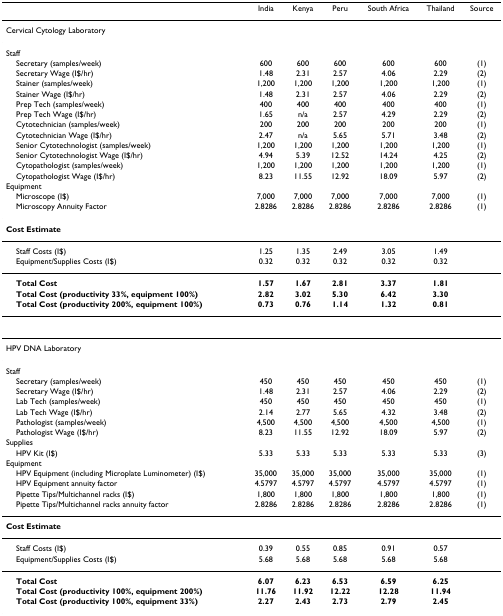
<table><thead><tr><td></td><td><b>India</b></td><td><b>Kenya</b></td><td><b>Peru</b></td><td><b>South Africa</b></td><td><b>Thailand</b></td><td><b>Source</b></td></tr></thead><tbody><tr><td>Cervical Cytology Laboratory</td><td></td><td></td><td></td><td></td><td></td><td></td></tr><tr><td>Staff</td><td></td><td></td><td></td><td></td><td></td><td></td></tr><tr><td> Secretary (samples/week)</td><td>600</td><td>600</td><td>600</td><td>600</td><td>600</td><td>(1)</td></tr><tr><td> Secretary Wage (I$/hr)</td><td>1.48</td><td>2.31</td><td>2.57</td><td>4.06</td><td>2.29</td><td>(2)</td></tr><tr><td> Stainer (samples/week)</td><td>1,200</td><td>1,200</td><td>1,200</td><td>1,200</td><td>1,200</td><td>(1)</td></tr><tr><td> Stainer Wage (I$/hr)</td><td>1.48</td><td>2.31</td><td>2.57</td><td>4.06</td><td>2.29</td><td>(2)</td></tr><tr><td> Prep Tech (samples/week)</td><td>400</td><td>400</td><td>400</td><td>400</td><td>400</td><td>(1)</td></tr><tr><td> Prep Tech Wage (I$/hr)</td><td>1.65</td><td>n/a</td><td>2.57</td><td>4.29</td><td>2.29</td><td>(2)</td></tr><tr><td> Cytotechnician (samples/week)</td><td>200</td><td>200</td><td>200</td><td>200</td><td>200</td><td>(1)</td></tr><tr><td> Cytotechnician Wage (I$/hr)</td><td>2.47</td><td>n/a</td><td>5.65</td><td>5.71</td><td>3.48</td><td>(2)</td></tr><tr><td> Senior Cytotechnologist (samples/week)</td><td>1,200</td><td>1,200</td><td>1,200</td><td>1,200</td><td>1,200</td><td>(1)</td></tr><tr><td> Senior Cytotechnologist Wage (I$/hr)</td><td>4.94</td><td>5.39</td><td>12.52</td><td>14.24</td><td>4.25</td><td>(2)</td></tr><tr><td> Cytopathologist (samples/week)</td><td>1,200</td><td>1,200</td><td>1,200</td><td>1,200</td><td>1,200</td><td>(1)</td></tr><tr><td> Cytopathologist Wage (I$/hr)</td><td>8.23</td><td>11.55</td><td>12.92</td><td>18.09</td><td>5.97</td><td>(2)</td></tr><tr><td>Equipment</td><td></td><td></td><td></td><td></td><td></td><td></td></tr><tr><td> Microscope (I$)</td><td>7,000</td><td>7,000</td><td>7,000</td><td>7,000</td><td>7,000</td><td>(1)</td></tr><tr><td> Microscopy Annuity Factor</td><td>2.8286</td><td>2.8286</td><td>2.8286</td><td>2.8286</td><td>2.8286</td><td>(1)</td></tr><tr><td><b>Cost Estimate</b></td><td></td><td></td><td></td><td></td><td></td><td></td></tr><tr><td> Staff Costs (I$)</td><td>1.25</td><td>1.35</td><td>2.49</td><td>3.05</td><td>1.49</td><td></td></tr><tr><td> Equipment/Supplies Costs (I$)</td><td>0.32</td><td>0.32</td><td>0.32</td><td>0.32</td><td>0.32</td><td></td></tr><tr><td> <b>Total Cost</b></td><td><b>1.57</b></td><td><b>1.67</b></td><td><b>2.81</b></td><td><b>3.37</b></td><td><b>1.81</b></td><td></td></tr><tr><td> <b>Total Cost (productivity 33%, equipment 100%)</b></td><td><b>2.82</b></td><td><b>3.02</b></td><td><b>5.30</b></td><td><b>6.42</b></td><td><b>3.30</b></td><td></td></tr><tr><td> <b>Total Cost (productivity 200%, equipment 100%)</b></td><td><b>0.73</b></td><td><b>0.76</b></td><td><b>1.14</b></td><td><b>1.32</b></td><td><b>0.81</b></td><td></td></tr><tr><td>HPV DNA Laboratory</td><td></td><td></td><td></td><td></td><td></td><td></td></tr><tr><td>Staff</td><td></td><td></td><td></td><td></td><td></td><td></td></tr><tr><td> Secretary (samples/week)</td><td>450</td><td>450</td><td>450</td><td>450</td><td>450</td><td>(1)</td></tr><tr><td> Secretary Wage (I$/hr)</td><td>1.48</td><td>2.31</td><td>2.57</td><td>4.06</td><td>2.29</td><td>(2)</td></tr><tr><td> Lab Tech (samples/week)</td><td>450</td><td>450</td><td>450</td><td>450</td><td>450</td><td>(1)</td></tr><tr><td> Lab Tech Wage (I$/hr)</td><td>2.14</td><td>2.77</td><td>5.65</td><td>4.32</td><td>3.48</td><td>(2)</td></tr><tr><td> Pathologist (samples/week)</td><td>4,500</td><td>4,500</td><td>4,500</td><td>4,500</td><td>4,500</td><td>(1)</td></tr><tr><td> Pathologist Wage (I$/hr)</td><td>8.23</td><td>11.55</td><td>12.92</td><td>18.09</td><td>5.97</td><td>(2)</td></tr><tr><td>Supplies</td><td></td><td></td><td></td><td></td><td></td><td></td></tr><tr><td> HPV Kit (I$)</td><td>5.33</td><td>5.33</td><td>5.33</td><td>5.33</td><td>5.33</td><td>(3)</td></tr><tr><td>Equipment</td><td></td><td></td><td></td><td></td><td></td><td></td></tr><tr><td> HPV Equipment (including Microplate Luminometer) (I$)</td><td>35,000</td><td>35,000</td><td>35,000</td><td>35,000</td><td>35,000</td><td>(1)</td></tr><tr><td> HPV Equipment annuity factor</td><td>4.5797</td><td>4.5797</td><td>4.5797</td><td>4.5797</td><td>4.5797</td><td>(1)</td></tr><tr><td> Pipette Tips/Multichannel racks (I$)</td><td>1,800</td><td>1,800</td><td>1,800</td><td>1,800</td><td>1,800</td><td>(1)</td></tr><tr><td> Pipette Tips/Multichannel racks annuity factor</td><td>2.8286</td><td>2.8286</td><td>2.8286</td><td>2.8286</td><td>2.8286</td><td>(1)</td></tr><tr><td><b>Cost Estimate</b></td><td></td><td></td><td></td><td></td><td></td><td></td></tr><tr><td> Staff Costs (I$)</td><td>0.39</td><td>0.55</td><td>0.85</td><td>0.91</td><td>0.57</td><td></td></tr><tr><td> Equipment/Supplies Costs (I$)</td><td>5.68</td><td>5.68</td><td>5.68</td><td>5.68</td><td>5.68</td><td></td></tr><tr><td> <b>Total Cost</b></td><td><b>6.07</b></td><td><b>6.23</b></td><td><b>6.53</b></td><td><b>6.59</b></td><td><b>6.25</b></td><td></td></tr><tr><td> <b>Total Cost (productivity 100%, equipment 200%)</b></td><td><b>11.76</b></td><td><b>11.92</b></td><td><b>12.22</b></td><td><b>12.28</b></td><td><b>11.94</b></td><td></td></tr><tr><td> <b>Total Cost (productivity 100%, equipment 33%)</b></td><td><b>2.27</b></td><td><b>2.43</b></td><td><b>2.73</b></td><td><b>2.79</b></td><td><b>2.45</b></td><td></td></tr></tbody></table>